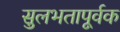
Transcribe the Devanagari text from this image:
सुलभतापूर्वक